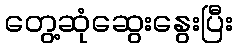
တွေ့ဆုံဆွေးနွေးပြီး